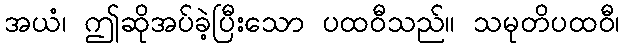
အယံ၊ ဤဆိုအပ်ခဲ့ပြီးသော ပထဝီသည်။ သမုတိပထဝီ၊